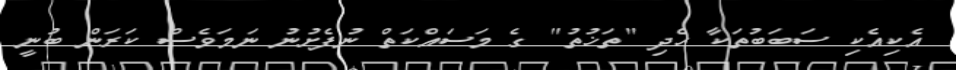
އެކިއެކި ސަބަބުތަކާ ހެދި "ތަޚުތު" ގެ މަސައްކަތް ނުފެށުނު ނަމަވެސް ކަރަން ބުނީ